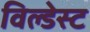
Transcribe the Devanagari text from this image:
विल्डेस्ट